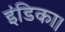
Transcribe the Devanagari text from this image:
इंडिका।